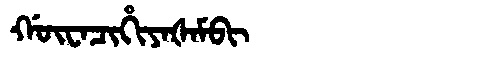
Manchu: ᡤᡡᠸᠠᠴᡳᡥᡳᠶᠠᡧᠠᠮᠪᡳ
Romanization: GŪWACIHIYAŠAMBI